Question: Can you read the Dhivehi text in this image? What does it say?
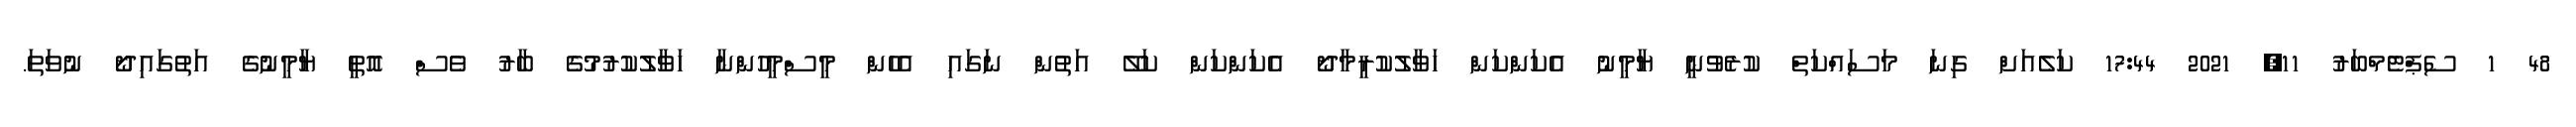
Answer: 48 1 ސެޕްޓެމްބަރު 11, 2021 17:44 ކަލެއަށް ގިނަ މަސައްކަތް ކުރެވުނީ ޔާމީނު އެކަންކަން ހަވާލުކުރީމާދޯ އެކަންކަން ކަލޭ އަތުން ނަގައި އެހެން މީސްމީހުންނާ ހަވާލުކުރުމުގެ ބާރު ވެސް އޮތީ ޔާމީނުގެ އަތުގައިދޯ ނުވަތަ.